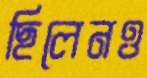
ছিলেনও